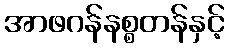
အာဖဂန်နစ္စတန်နှင့်